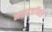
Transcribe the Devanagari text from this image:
नाइटहॉक्स